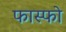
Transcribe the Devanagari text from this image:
फास्फो